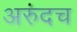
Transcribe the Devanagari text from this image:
अरुंदच